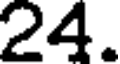
24.